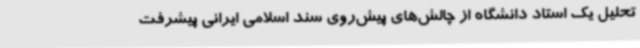
تحلیل یک استاد دانشگاه از چالش‌های پیش‌روی سند اسلامی ایرانی پیشرفت